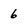
Character: 6